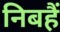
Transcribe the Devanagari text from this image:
निबहैं